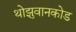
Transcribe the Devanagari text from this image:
थोझुवानकोड